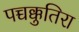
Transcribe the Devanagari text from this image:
पच्चक्कुतिरा